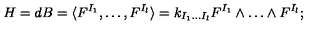
H = d B = \langle F ^ { I _ { 1 } } , \dots , F ^ { I _ { l } } \rangle = k _ { I _ { 1 } \dots I _ { l } } F ^ { I _ { 1 } } \wedge \dots \wedge F ^ { I _ { l } } ;